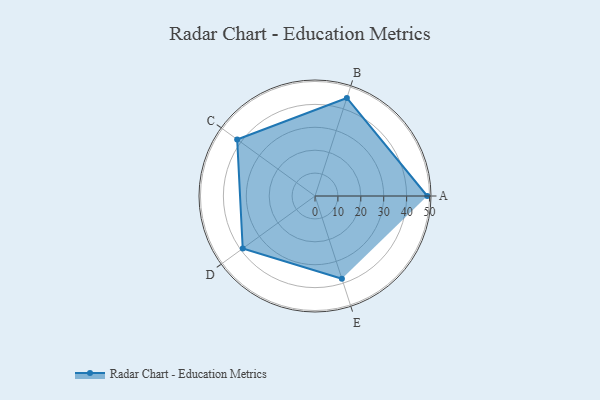
{"axis": {"x": "Skill", "y": "Score"}, "legend": ["Profile"], "data": [{"x": "A", "y": 49.0, "type": "Profile"}, {"x": "B", "y": 45.0, "type": "Profile"}, {"x": "C", "y": 42.0, "type": "Profile"}, {"x": "D", "y": 39.0, "type": "Profile"}, {"x": "E", "y": 38.0, "type": "Profile"}]}